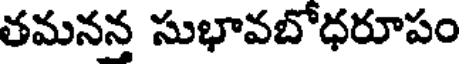
తమనన్త సుభావబోధరూపం